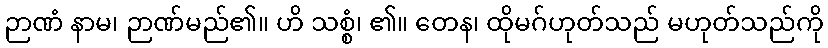
ဉာဏံ နာမ၊ ဉာဏ်မည်၏။ ဟိ သစ္စံ၊ ၏။ တေန၊ ထိုမဂ်ဟုတ်သည် မဟုတ်သည်ကို